Senior Leaving Certificate Examination (including Day School Certificate (Higher) General paper), 1950
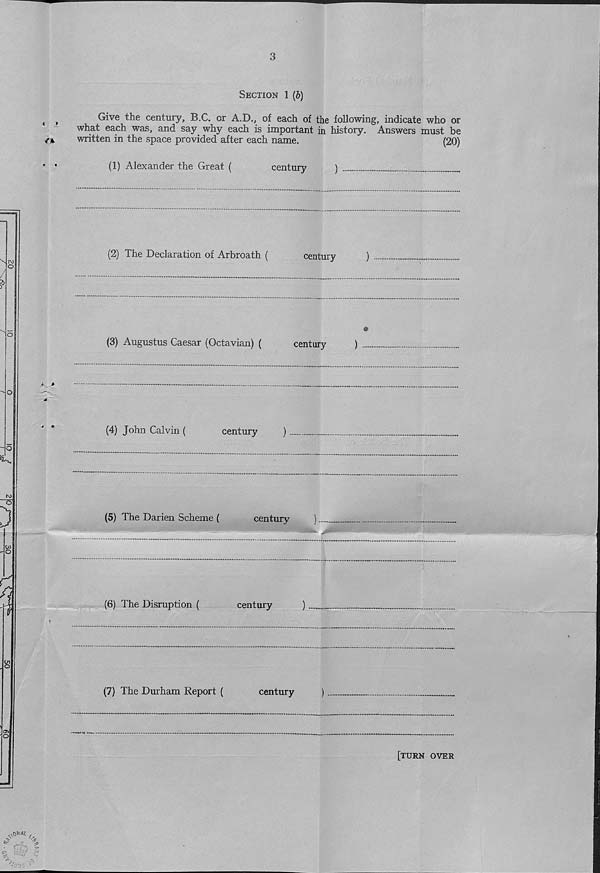
Section 1 (b)
Give the century, B.C. or A.D., of each of the following, indicate who or
what each was, and say why each is important in history. Answers must be
written in the space provided after each name.
(20)
(1) Alexander the Great (
century
)
(2) The Declaration of Arbroath (
century
)
(3) Augustus Caesar (Octavian) (
century
) ....
(4) John Calvin (
century
)
(5) The Darien Scheme (
century
(6) The Disruption (
century
)
(7) The Durham Report (
century
[turn over